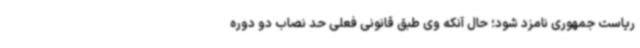
ریاست جمهوری نامزد شود؛ حال آنکه وی طبق قانونی فعلی حد نصاب دو دوره